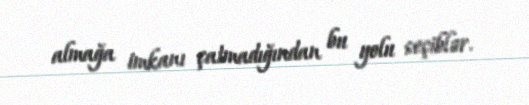
almağa imkanı çatmadığından bu yolu seçiblər.